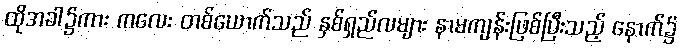
ထိုအခါ၌ကား ကလေး တစ်ယောက်သည် နှစ်ရှည်လများ နာမကျန်းဖြစ်ပြီးသည့် နောက်၌